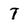
Character: 7